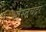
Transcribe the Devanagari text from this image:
भारतचंद्रेर